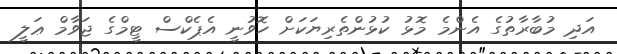
އަދި މުބާރާތުގެ އެންމެ މޮޅު ކުޅުންތެރިޔަކަށް ހޮވުނީ އެޕެކްސް ޓީމްގެ ޖަވާމް ޢަލީ